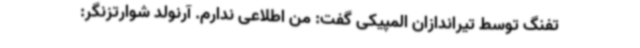
تفنگ توسط تیراندازان المپیکی گفت: من اطلاعی ندارم. آرنولد شوارتزنگر: